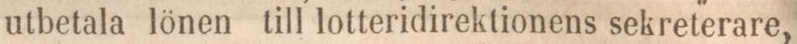
utbetala lönen till lotteridirektionens sekreterare,